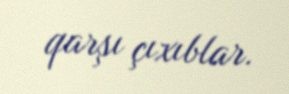
qarşı çıxıblar.